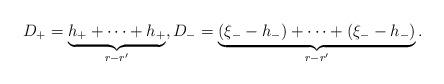
LaTeX: \begin{align*}D_+=\underbrace{h_++\cdots +h_+}_{r-r^\prime}, D_-=\underbrace{(\xi_--h_-)+\cdots+(\xi_--h_-)}_{r-r^\prime}.\end{align*}